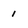
Character: 1